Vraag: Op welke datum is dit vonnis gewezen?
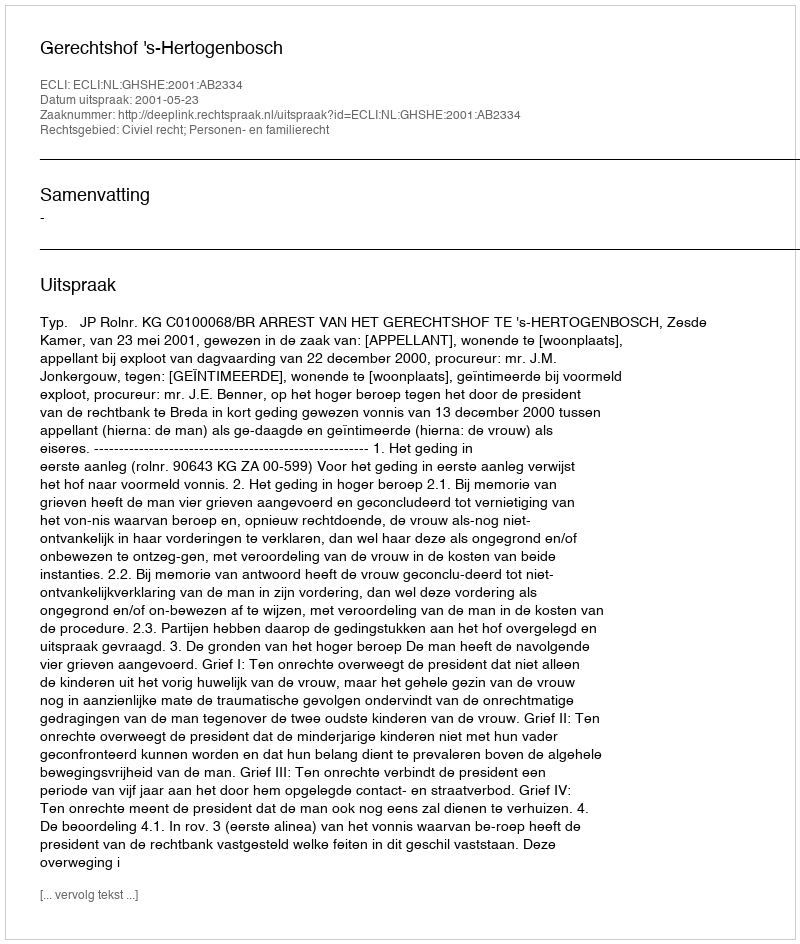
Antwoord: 2001-05-23